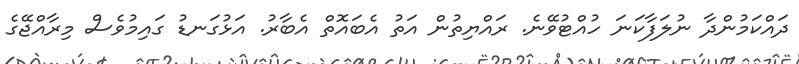
ދައްކަމުންދާ ނުލަފާކަނަ ހުއްޓުވޭނެ. ރައްޔިތުން އަތު އެބައޮތް އެބާރު. އަޅުގަނޑު ގައިމުވެސް މިރާއްޖޭގެ